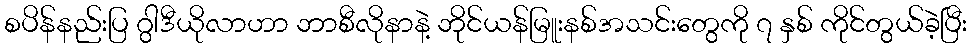
စပိန်နည်းပြ ဂွါဒီယိုလာဟာ ဘာစီလိုနာနဲ့ ဘိုင်ယန်မြူးနစ်အသင်းတွေကို ၇ နှစ် ကိုင်တွယ်ခဲ့ပြီး